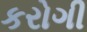
કરોગી